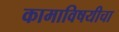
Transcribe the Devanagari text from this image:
कामाविषयीचा